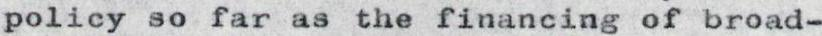
policy so far as the financing of broad-